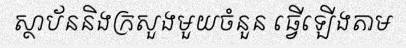
ស្ថាប័ននិងក្រសួងមួយចំនួន ធ្វើឡើងតាម